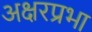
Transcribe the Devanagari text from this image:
अक्षरप्रभा